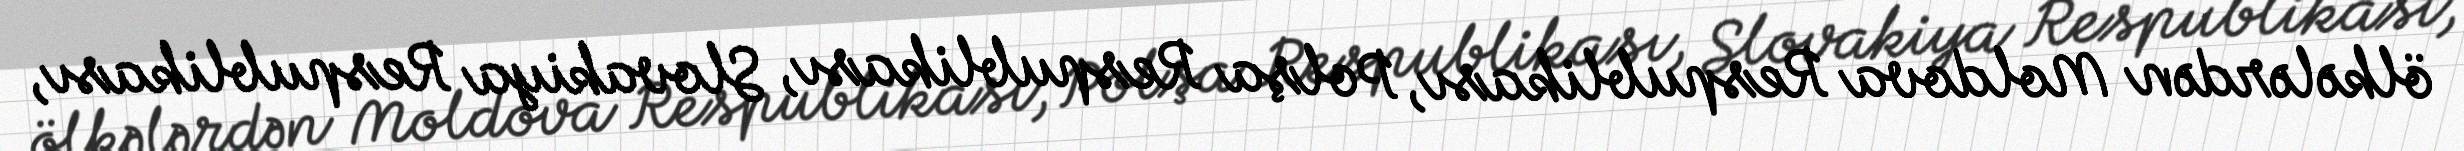
ölkələrdən Moldova Respublikası, Polşa Respublikası, Slovakiya Respublikası,